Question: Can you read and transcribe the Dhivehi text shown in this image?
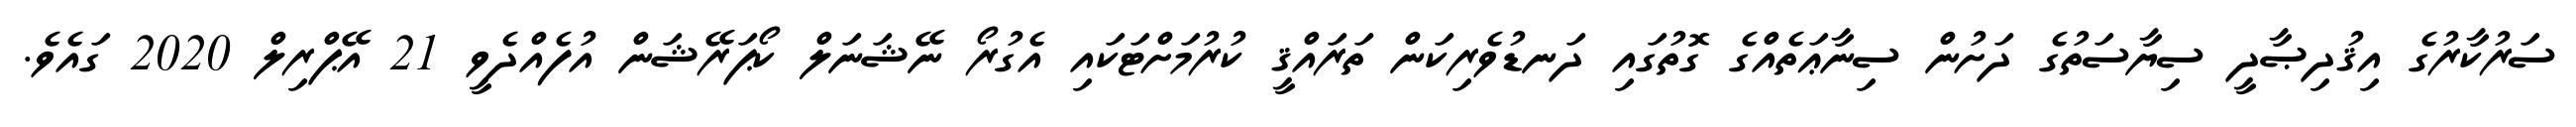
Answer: ސަރުކާރުގެ އިޤުދިޞާދީ ސިޔާސަތުގެ ދަށުން ސިނާޢަތެއްގެ ގޮތުގައި ދަނޑުވެރިކަން ތަރައްޤީ ކުރުމަށްޓަކައި އެގުރޯ ނޭޝަނަލް ކޯޕަރޭޝަން އުފެއްދެވީ 21 އޭޕްރިލް 2020 ގައެވެ.